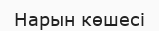
Нарын көшесі